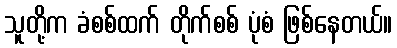
သူတို့က ခံစစ်ထက် တိုက်စစ် ပုံစံ ဖြစ်နေတယ်။